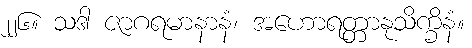
၂၂၆။ သဒါ ဇာဂရမာနာနံ၊ အဟောရတ္တာနုသိက္ခိနံ။